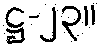
ဋ္ဌ-၂၃။